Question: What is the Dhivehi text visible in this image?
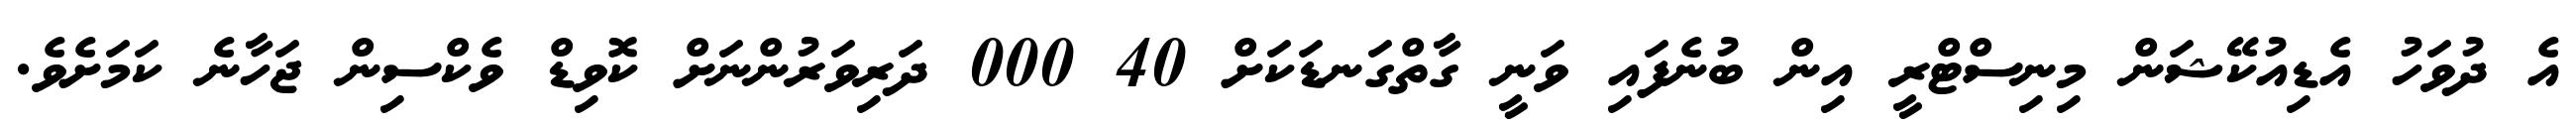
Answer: އެ ދުވަހު އެޑިއުކޭޝަން މިނިސްޓްރީ އިން ބުނެފައި ވަނީ ގާތްގަނޑަކަށް 40 000 ދަރިވަރުންނަށް ކޮވިޑް ވެކްސިން ޖަހާނެ ކަމަށެވެ.